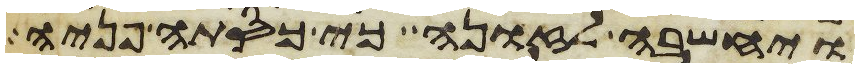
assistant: ויחשבה לזונה כי כסתה פניה